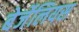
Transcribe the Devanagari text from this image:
बेर्जेलियस